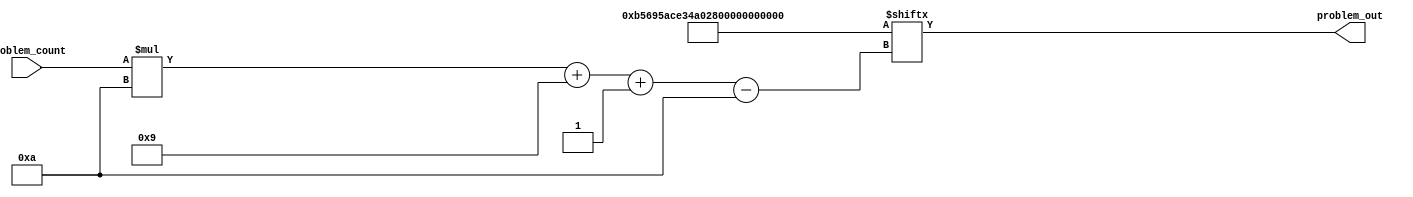
/*
   This file was generated automatically by the Mojo IDE version B1.3.6.
   Do not edit this file directly. Instead edit the original Lucid source.
   This is a temporary file and any changes made to it will be destroyed.
*/

module problems_2 (
    input [3:0] problem_count,
    output reg [9:0] problem_out
  );
  
  
  
  reg [99:0] p;
  
  always @* begin
    p = 100'hb5695ace34a02739ca5298251;
    problem_out = p[(problem_count)*10+9-:10];
  end
endmodule